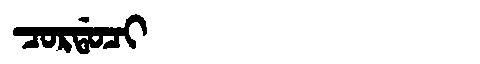
Manchu: ᠴᠣᡵᡩᠣᠴᡳ
Romanization: CORDOCI